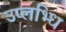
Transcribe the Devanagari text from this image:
उप्लभ्धि